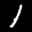
Label: 1